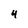
Character: 4